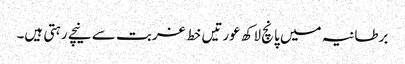
برطانیہ میں پانچ لاکھ عورتیں خط غربت سے نیچے رہتی ہیں۔